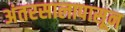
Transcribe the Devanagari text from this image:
अंतरसालापासून